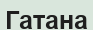
Гатана